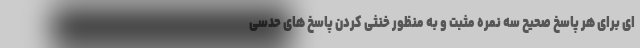
ای برای هر پاسخ صحیح سه نمره مثبت و به منظور خنثی کردن پاسخ های حدسی